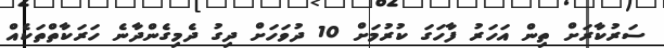
ސަރުކާރަށް ތިން އަހަރު ފާހަގަ ކުރުމަށް 10 ދުވަހަށް ދިގު ދެމިގެންދާނެ ހަރަކާތްތަކެއް